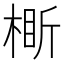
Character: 𬃞